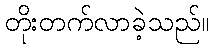
တိုးတက်လာခဲ့သည်။